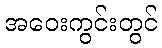
အဝေးကွင်းတွင်